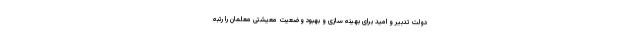
دولت تدبیر و امید برای بهینه سازی و بهبود وضعیت معیشتی معلمان را رتبه